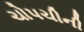
ચોપચીની